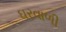
ઘરવાળી